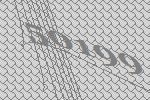
50199